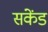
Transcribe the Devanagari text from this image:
संकेंड